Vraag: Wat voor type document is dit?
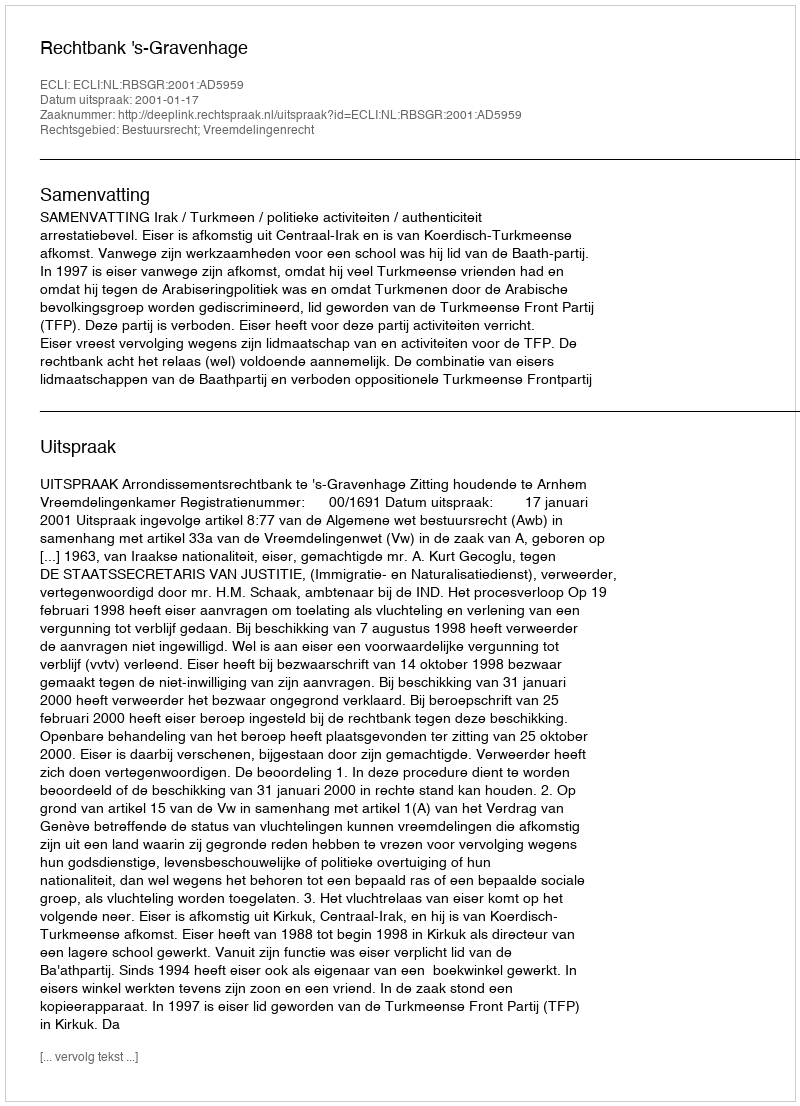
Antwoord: Uitspraak